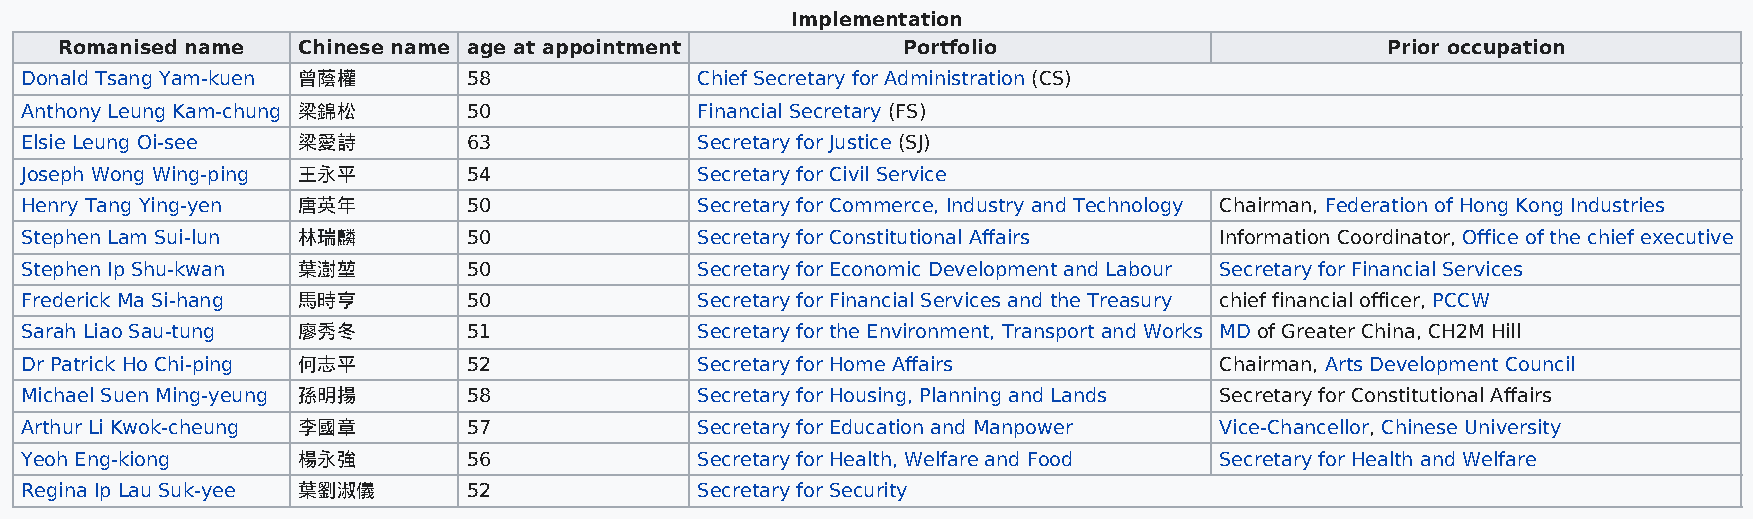
Implementation
 Romanised name  Chinese name age at appointment         Portfolio                       Prior occupation
 Donald Tsang Yam-kuen 曾蔭權     58             Chief Secretary for Administration (CS)
 Anthony Leung Kam-chung 梁錦松   50             Financial Secretary (FS)
 Elsie Leung Oi-see 梁愛詩        63             Secretary for Justice (SJ)
 Joseph Wong Wing-ping 王永平     54             Secretary for Civil Service
 Henry Tang Ying-yen 唐英年       50             Secretary for Commerce, Industry and Technology Chairman, Federation of Hong Kong Industries
 Stephen Lam Sui-lun 林瑞麟       50             Secretary for Constitutional Affairs Information Coordinator, Office of the chief executive
 Stephen Ip Shu-kwan 葉澍堃       50             Secretary for Economic Development and Labour Secretary for Financial Services
 Frederick Ma Si-hang 馬時亨      50             Secretary for Financial Services and the Treasury chief financial officer, PCCW
 Sarah Liao Sau-tung 廖秀冬       51             Secretary for the Environment, Transport and Works MD of Greater China, CH2M Hill
 Dr Patrick Ho Chi-ping 何志平    52             Secretary for Home Affairs         Chairman, Arts Development Council
 Michael Suen Ming-yeung 孫明揚   58             Secretary for Housing, Planning and Lands Secretary for Constitutional Affairs
 Arthur Li Kwok-cheung 李國章     57             Secretary for Education and Manpower Vice-Chancellor, Chinese University
 Yeoh Eng-kiong     楊永強        56             Secretary for Health, Welfare and Food Secretary for Health and Welfare
 Regina Ip Lau Suk-yee 葉劉淑儀    52             Secretary for Security